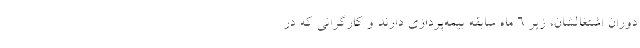
دوران اشتغالشان، زیر ۶ ماه سابقه بیمه‌پردازی دارند و کارگرانی که در